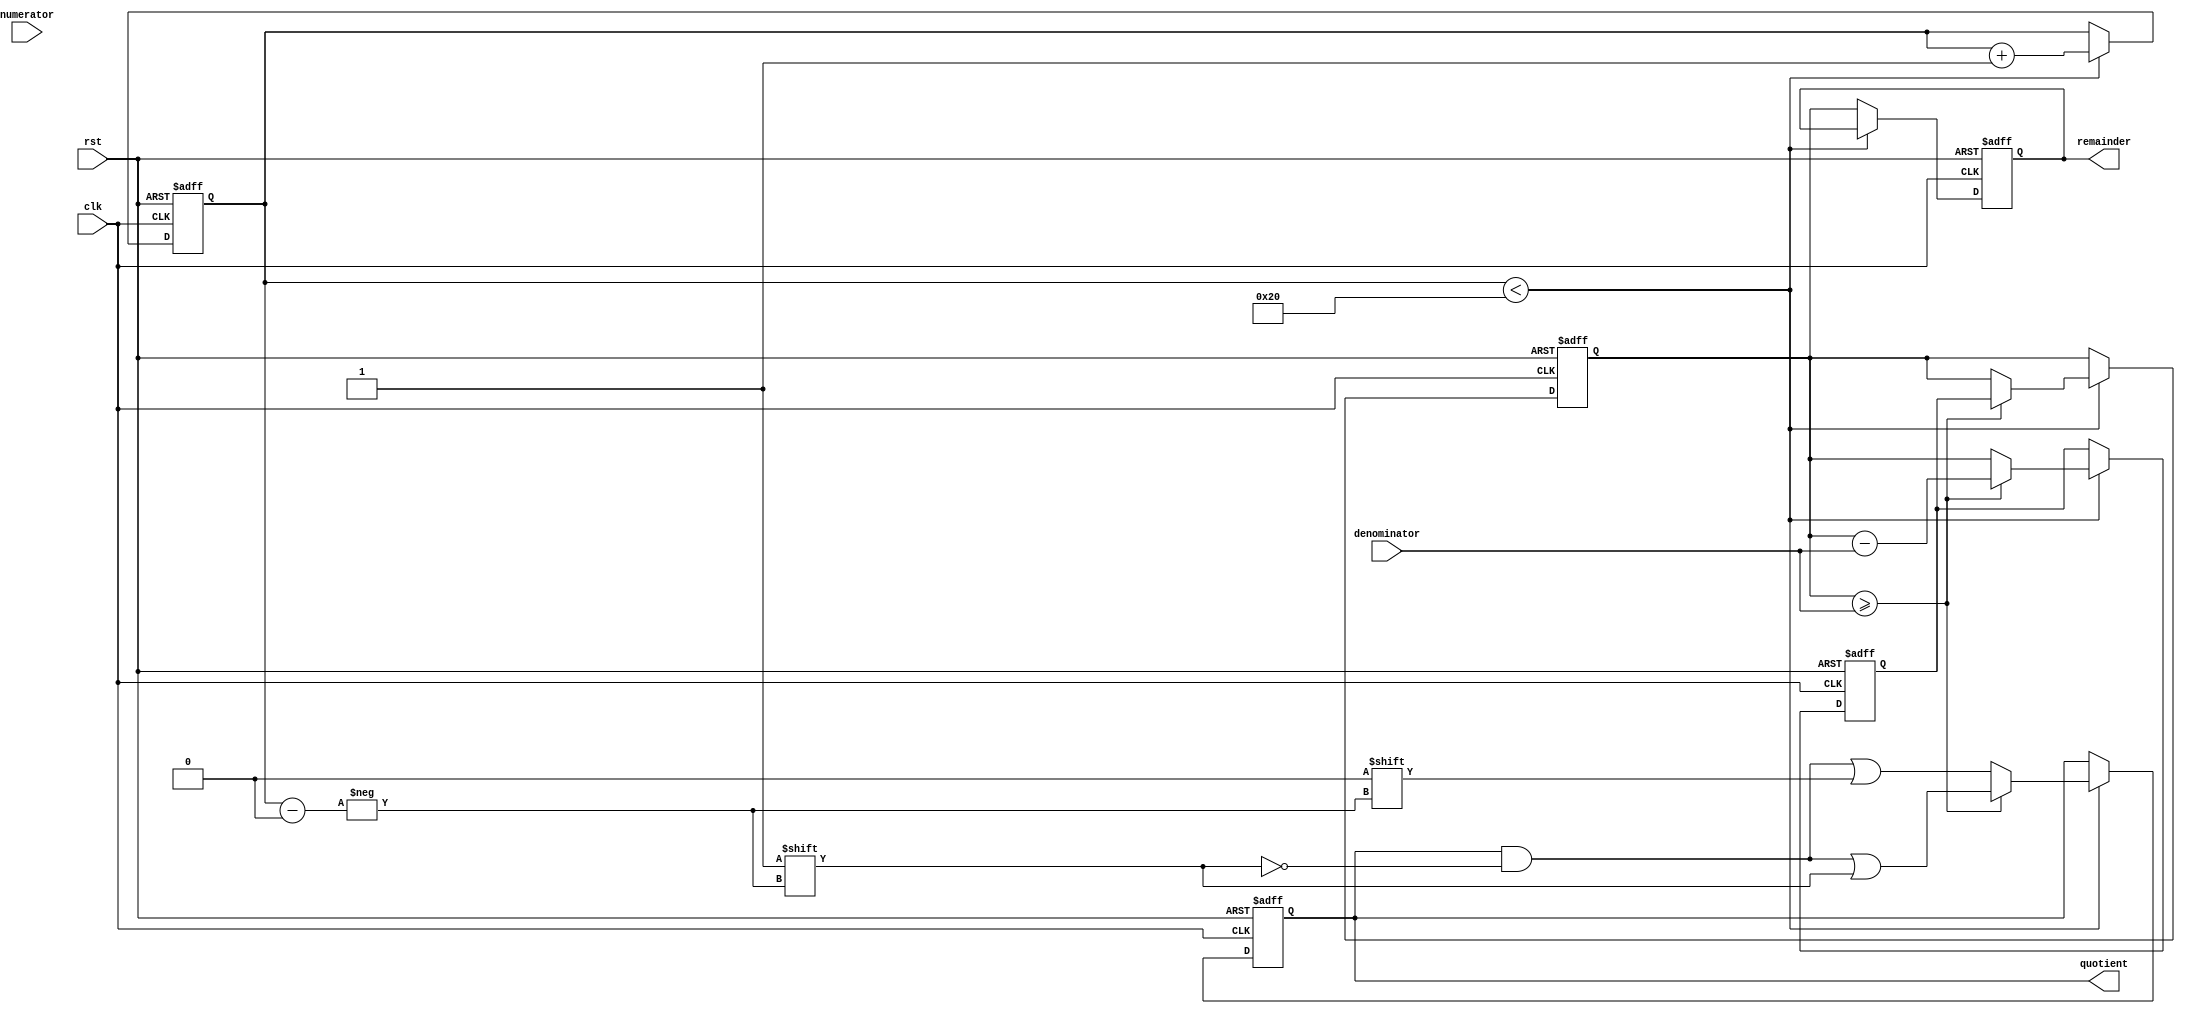
module divider (
    input wire clk,
    input wire rst,
    input wire [31:0] numerator,
    input wire [31:0] denominator,
    output reg [31:0] quotient,
    output reg [31:0] remainder
);

reg [31:0] dividend;
reg [31:0] subtractor_output;
reg [4:0] count;

always @(posedge clk or posedge rst) begin
    if (rst) begin
        count <= 0;
        dividend <= 0;
        quotient <= 0;
        remainder <= 0;
        subtractor_output <= 0;
    end else begin
        if (count < 32) begin
            if (dividend >= denominator) begin
                subtractor_output <= dividend - denominator;
                dividend <= subtractor_output;
                quotient[count] <= 1;
            end else begin
                subtractor_output <= dividend;
                quotient[count] <= 0;
            end
            count <= count + 1;
        end else begin
            remainder <= dividend;
        end
    end
end

endmodule